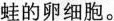
蛙的卵细胞。